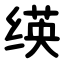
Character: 绬